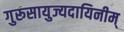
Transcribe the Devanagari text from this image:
गुरूसायुज्यदायिनीम्